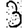
Digit: 3